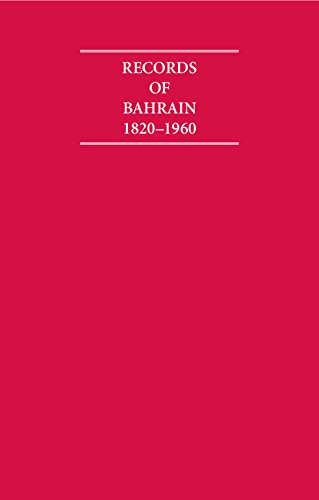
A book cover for Records of Bahrain 1820-1960 8 Volume Set (Cambridge Archive Editions); History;